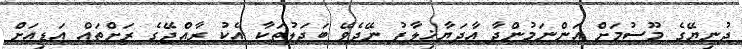
ދުނިޔޭގެ މޫސުމަށް އަންނަމުންދާ އާދަޔާޚިލާފު ނޭދެވޭ ބަދަލުތަކާ އެކު ރާއްޖޭގެ ރަށްތައް އަޑިއަށް